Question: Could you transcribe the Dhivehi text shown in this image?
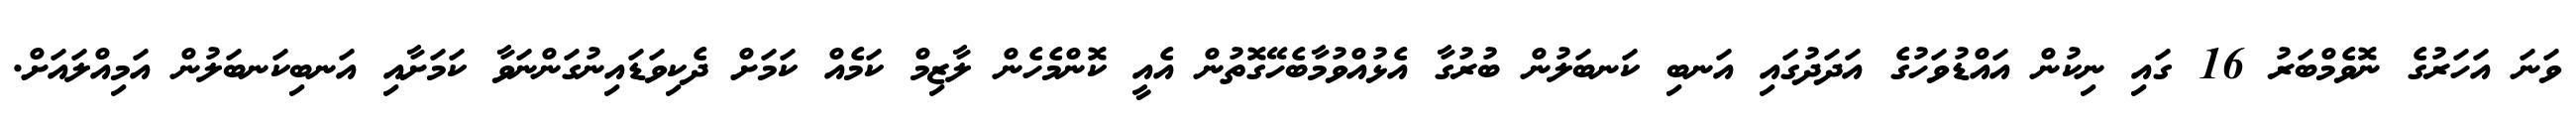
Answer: ވަނަ އަހަރުގެ ނޮވެމްބަރު 16 ގައި ނިކުން އައްޑުވަހުގެ އަދަދުގައި އަނބި ކަނބަލުން ބުރުގާ އެޅުއްވުމާބެހޭގޮތުން އެއީ ކޮންމެހެން ލާޒިމް ކަމެއް ކަމަށް ދެކިވަޑައިނުގަންނަވާ ކަމަށާއި އަނބިކަނބަލުން އަމިއްލައަށް.